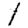
Digit: 1